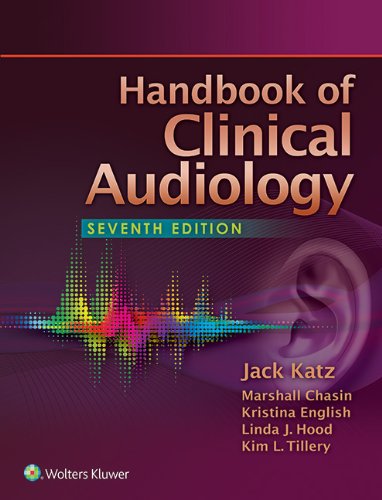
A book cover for Handbook of Clinical Audiology; Jack Katz PhD; Medical Books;